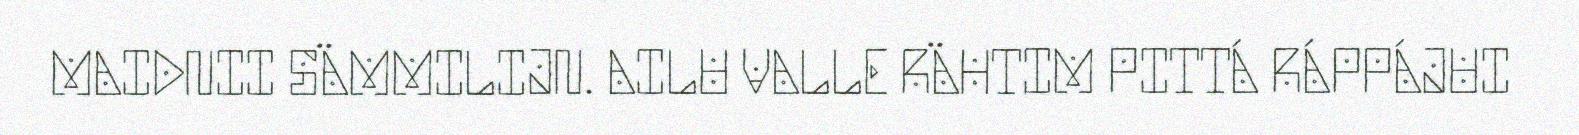
MAIDNII SÄMMILIJN. AILU VALLE RÄHTIM PITTÁ RÁPPÁJUI